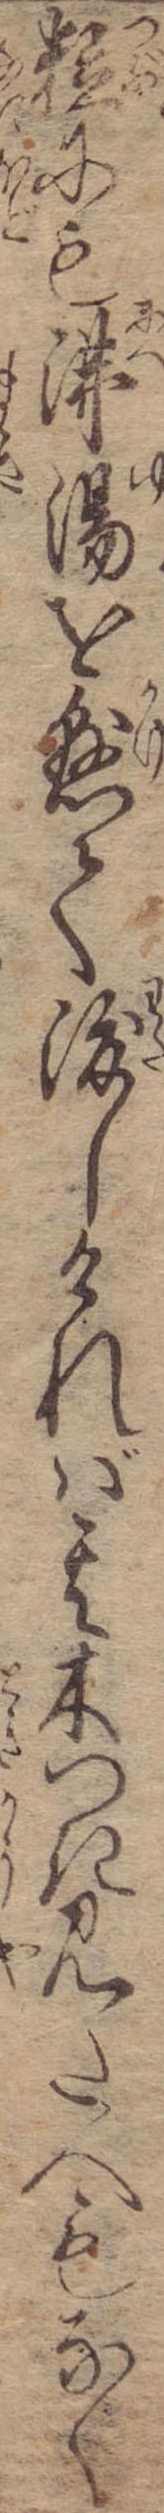
粒にも沸湯を懸て渡しければ其木つき見た人もなく